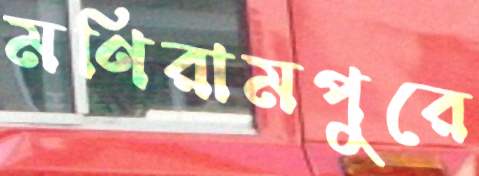
মণিরামপুরে